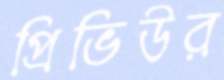
প্রিভিউর